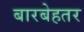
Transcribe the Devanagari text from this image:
बारबेहतर